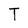
Character: T